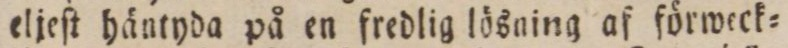
eljeſt häntyda på en fredlig lösning af förweck=